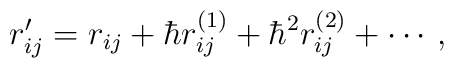
r^{\prime}_{ij}=r_{ij}+\hbar r^{(1)}_{ij}+\hbar^2r^{(2)}_{ij}+\cdots\,,